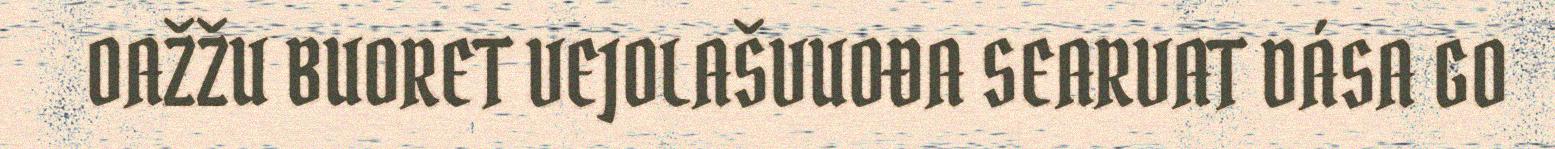
OAŽŽU BUORET VEJOLAŠVUOĐA SEARVAT DÁSA GO